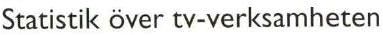
Statistik över tv-verksamheten